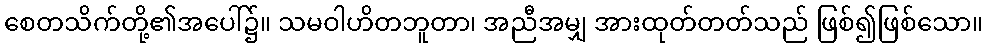
စေတသိက်တို့၏အပေါ်၌။ သမဝါဟိတဘူတာ၊ အညီအမျှ အားထုတ်တတ်သည် ဖြစ်၍ဖြစ်သော။